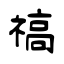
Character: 禞